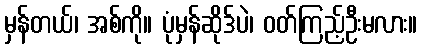
မှန်တယ်၊ အစ်ကို။ ပုံမှန်ဆိုဒ်ပဲ၊ ဝတ်ကြည့်ဦးမလား။